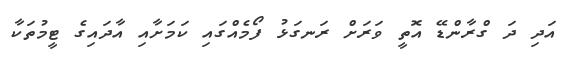
އަދި ދަ ގްރާންޑޭ އޮތީ ވަރަށް ރަނގަޅު ފޯމެއްގައި ކަމަށާއި އާދައިގެ ޓީމުތަކާ